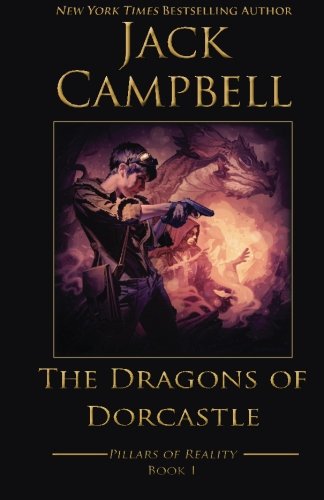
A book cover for The Dragons of Dorcastle (The Pillars of Reality) (Volume 1); Jack Campbell; Science Fiction & Fantasy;